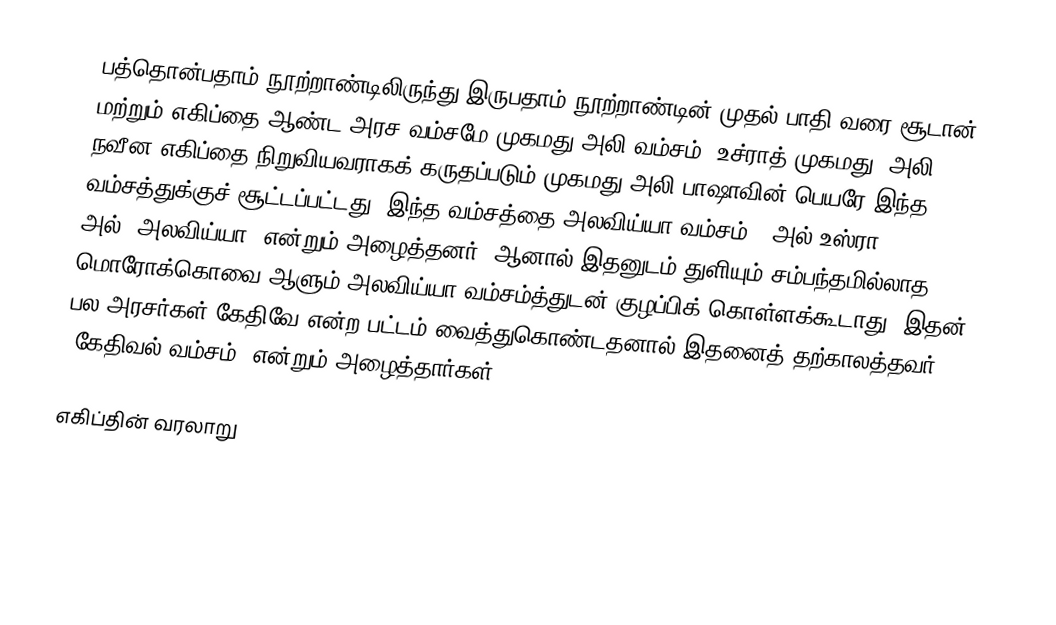
பத்தொன்பதாம் நூற்றாண்டிலிருந்து இருபதாம் நூற்றாண்டின் முதல் பாதி வரை சூடான் மற்றும் எகிப்தை ஆண்ட அரச வம்சமே முகமது அலி வம்சம்( உச்ராத்  முகமது 'அலி ). நவீன எகிப்தை நிறுவியவராகக் கருதப்படும் முகமது அலி பாஷாவின் பெயரே இந்த வம்சத்துக்குச் சூட்டப்பட்டது. இந்த வம்சத்தை அலவிய்யா வம்சம் ( அல்-உஸ்ரா அல்-'அலவிய்யா) என்றும் அழைத்தனர், ஆனால் இதனுடம் துளியும் சம்பந்தமில்லாத மொரோக்கொவை ஆளும் அலவிய்யா வம்சம்த்துடன் குழப்பிக் கொள்ளக்கூடாது. இதன் பல அரசர்கள் கேதிவே என்ற பட்டம் வைத்துகொண்டதனால்,இதனைத் தற்காலத்தவர் 'கேதிவல் வம்சம்' என்றும் அழைத்தார்கள்.

எகிப்தின் வரலாறு